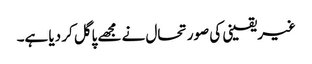
غیریقینی کی صورتحال نے مجھے پاگل کر دیا ہے۔